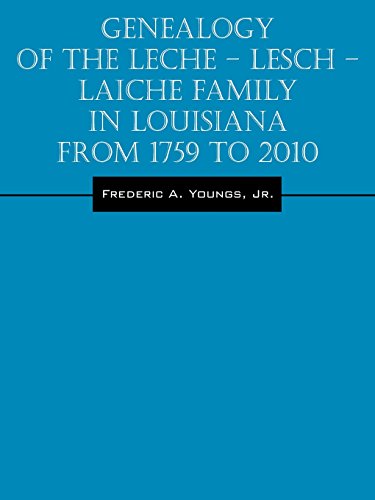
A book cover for Genealogy of the Leche - Lesch - Laiche Family in Louisiana From 1759 to 2010; Jr. Frederic A. Youngs; Biographies & Memoirs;